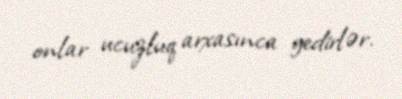
onlar ucuzluq arxasınca gedirlər.